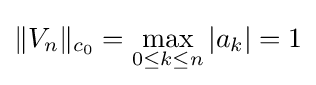
\|V_{n}\|_{c_{0}}=\max _{0\leq k\leq n}|a_{k}|=1